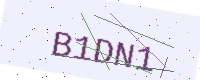
Text: B1DN1